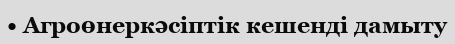
• Агроөнеркәсіптік кешенді дамыту